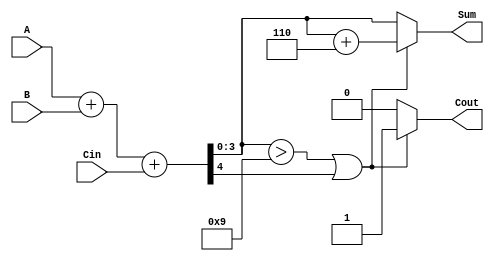
module BCD_Adder (
    input [3:0] A,      // First BCD digit
    input [3:0] B,      // Second BCD digit
    input Cin,          // Carry-in
    output reg [3:0] Sum, // BCD sum output
    output reg Cout      // Carry-out
);

    // Intermediate variables
    reg [4:0] R; // 5-bit result to hold the sum and carry

    always @(*) begin
        // Compute the binary sum
        R = A + B + Cin;

        // Check if correction is needed
        if (R[3:0] > 9 || R[4] == 1) begin
            // Apply correction (add 6)
            Sum = R[3:0] + 4'b0110;
            Cout = 1; // Set carry-out to indicate overflow
        end else begin
            Sum = R[3:0]; // No correction needed
            Cout = 0;     // No carry-out
        end
    end

endmodule